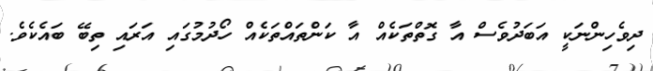
ދިވެހިންނަކީ އަބަދުވެސް އާ ގޮތްތަކެއް އާ ކަންތައްތަކެއް ހޯދުމުގައި އަރައި ތިބޭ ބައެކެވެ.